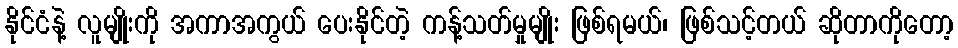
နိုင်ငံနဲ့ လူမျိုးကို အကာအကွယ် ပေးနိုင်တဲ့ ကန့်သတ်မှုမျိုး ဖြစ်ရမယ်၊ ဖြစ်သင့်တယ် ဆိုတာကိုတော့